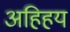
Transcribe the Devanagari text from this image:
अहिहय